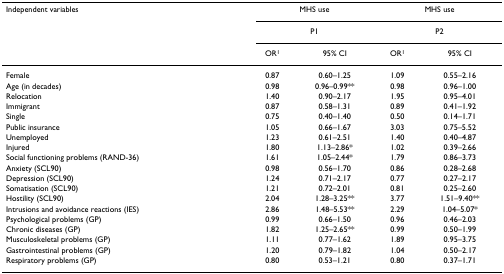
<table><thead><tr><td><b>Independent variables</b></td><td colspan="2"><b>MHS use</b></td><td colspan="2"><b>MHS use</b></td></tr><tr><td></td><td colspan="2"><b>P1</b></td><td colspan="2"><b>P2</b></td></tr><tr><td></td><td><b>OR<sup>1</sup></b></td><td><b>95% CI</b></td><td><b>OR<sup>1</sup></b></td><td><b>95% CI</b></td></tr></thead><tbody><tr><td>Female</td><td>0.87</td><td>0.60–1.25</td><td>1.09</td><td>0.55–2.16</td></tr><tr><td>Age (in decades)</td><td>0.98</td><td>0.96–0.99**</td><td>0.98</td><td>0.96–1.00</td></tr><tr><td>Relocation</td><td>1.40</td><td>0.90–2.17</td><td>1.95</td><td>0.95–4.01</td></tr><tr><td>Immigrant</td><td>0.87</td><td>0.58–1.31</td><td>0.89</td><td>0.41–1.92</td></tr><tr><td>Single</td><td>0.75</td><td>0.40–1.40</td><td>0.50</td><td>0.14–1.71</td></tr><tr><td>Public insurance</td><td>1.05</td><td>0.66–1.67</td><td>3.03</td><td>0.75–5.52</td></tr><tr><td>Unemployed</td><td>1.23</td><td>0.61–2.51</td><td>1.40</td><td>0.40–4.87</td></tr><tr><td>Injured</td><td>1.80</td><td>1.13–2.86*</td><td>1.02</td><td>0.39–2.66</td></tr><tr><td>Social functioning problems (RAND-36)</td><td>1.61</td><td>1.05–2.44*</td><td>1.79</td><td>0.86–3.73</td></tr><tr><td>Anxiety (SCL90)</td><td>0.98</td><td>0.56–1.70</td><td>0.86</td><td>0.28–2.68</td></tr><tr><td>Depression (SCL90)</td><td>1.24</td><td>0.71–2.17</td><td>0.77</td><td>0.27–2.17</td></tr><tr><td>Somatisation (SCL90)</td><td>1.21</td><td>0.72–2.01</td><td>0.81</td><td>0.25–2.60</td></tr><tr><td>Hostility (SCL90)</td><td>2.04</td><td>1.28–3.25**</td><td>3.77</td><td>1.51–9.40**</td></tr><tr><td>Intrusions and avoidance reactions (IES)</td><td>2.86</td><td>1.48–5.53**</td><td>2.29</td><td>1.04–5.07*</td></tr><tr><td>Psychological problems (GP)</td><td>0.99</td><td>0.66–1.50</td><td>0.96</td><td>0.46–2.03</td></tr><tr><td>Chronic diseases (GP)</td><td>1.82</td><td>1.25–2.65**</td><td>0.99</td><td>0.50–1.99</td></tr><tr><td>Musculoskeletal problems (GP)</td><td>1.11</td><td>0.77–1.62</td><td>1.89</td><td>0.95–3.75</td></tr><tr><td>Gastrointestinal problems (GP)</td><td>1.20</td><td>0.79–1.82</td><td>1.04</td><td>0.50–2.17</td></tr><tr><td>Respiratory problems (GP)</td><td>0.80</td><td>0.53–1.21</td><td>0.80</td><td>0.37–1.71</td></tr></tbody></table>